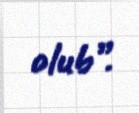
olub”.